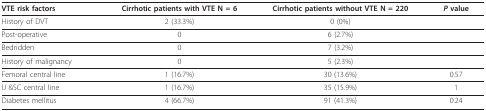
| VTE risk factors | Cirrhotic patients with VTE N = 6 | Cirrhotic patients without VTE N = 220 | P value |
 | --- | --- | --- | --- |
 | History of DVT | 2 (33.3%) | 0 (0%) |  |
 | Post-operative | 0 | 6 (2.7%) |  |
 | Bedridden | 0 | 7 (3.2%) |  |
 | History of malignancy | 0 | 5 (2.3%) |  |
 | Femoral central line | 1 (16.7%) | 30 (13.6%) | 0.57 |
 | IJ &SC central line | 1 (16.7%) | 35 (15.9%) | 1 |
 | Diabetes mellitus | 4 (66.7%) | 91 (41.3%) | 0.24 |